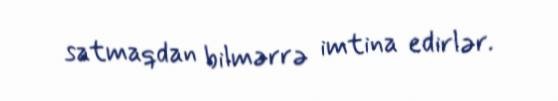
satmaqdan bilmərrə imtina edirlər.